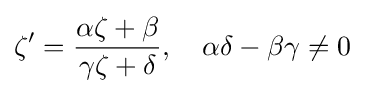
\zeta '={\frac {\alpha \zeta +\beta }{\gamma \zeta +\delta }},\quad \alpha \delta -\beta \gamma \neq 0